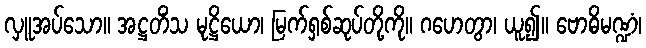
လှူအပ်သော။ အဋ္ဌတိံသ မုဋ္ဌိယော၊ မြက်ရှစ်ဆုပ်တို့ကို။ ဂဟေတွာ၊ ယူ၍။ ဗောဓိမဏ္ဍံ၊